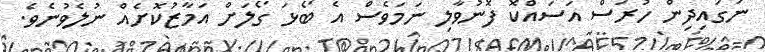
ނަގައިދިން ހުރަސް އަސައްކޮ ފޮނުވާލި ނަމަވެސް އެ ބޯޅަ ގޯލަށް އަމާޒުކޮށެއް ނުލެވުނެވެ.